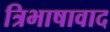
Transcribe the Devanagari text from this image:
त्रिभाषावाद